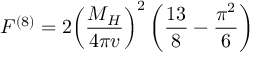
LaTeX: F ^ { ( 8 ) } = 2 { \left( \frac { M _ { H } } { 4 \pi v } \right) } ^ { 2 } \left( \frac { 1 3 } { 8 } - \frac { \pi ^ { 2 } } { 6 } \right)